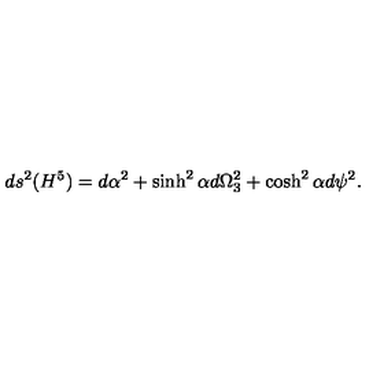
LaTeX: d s ^ { 2 } ( H ^ { 5 } ) = d \alpha ^ { 2 } + \sinh ^ { 2 } \alpha d \Omega _ { 3 } ^ { 2 } + \cosh ^ { 2 } \alpha d \psi ^ { 2 } .